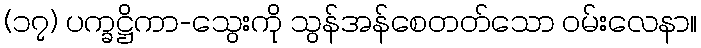
(၁၇) ပက္ခဋ္ဌိကာ-သွေးကို သွန်အန်စေတတ်သော ဝမ်းလေနာ။